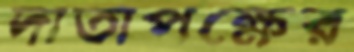
দাতাপক্ষের